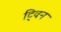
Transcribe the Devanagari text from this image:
टि्वन